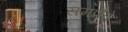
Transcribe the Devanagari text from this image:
समणैते